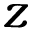
z